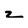
Character: z